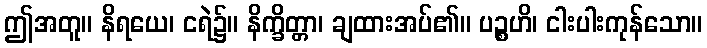
ဤအတူ။ နိရယေ၊ ငရဲ၌။ နိက္ခိတ္တာ၊ ချထားအပ်၏။ ပဉ္စဟိ၊ ငါးပါးကုန်သော။